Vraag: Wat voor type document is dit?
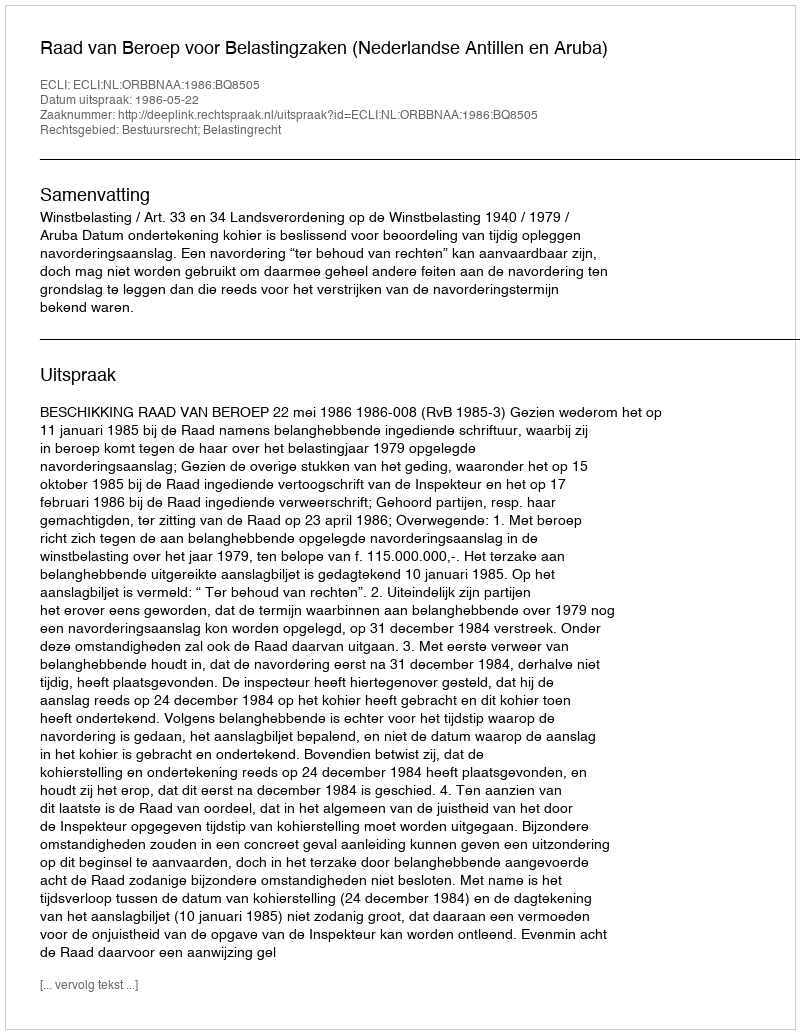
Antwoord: Uitspraak